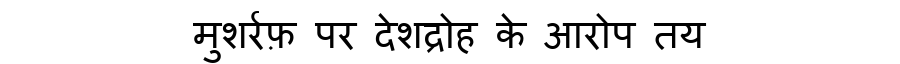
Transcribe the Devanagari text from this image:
मुशर्रफ़ पर देशद्रोह के आरोप तय